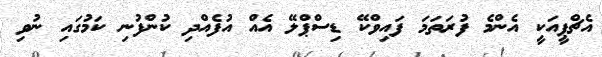
އެޗްޕީއަކީ އެންމެ ފުރަތަމަ ފައިވްކޭ ޑިސްޕްލޭ އެއް އުފެއްދި ކުންފުނި ކަމުގައި ނުވި